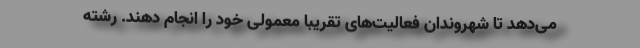
می‌دهد تا شهروندان فعالیت‌های تقریبا معمولی خود را انجام دهند. رشته